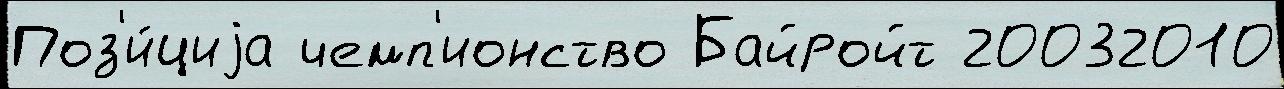
Поз'и́циjа чемп'ионство Байройт 20032010